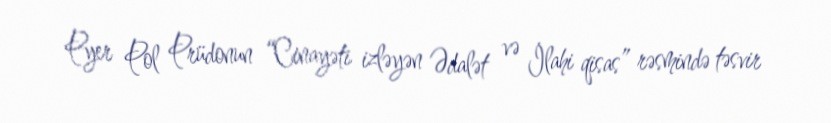
Pyer Pol Prüdonun “Cinayəti izləyən Ədalət və İlahi qisas” rəsmində təsvir